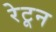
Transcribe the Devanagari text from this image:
रेटून